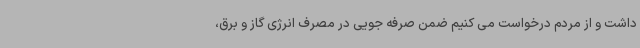
داشت و از مردم درخواست می کنیم ضمن صرفه جویی در مصرف انرژی گاز و برق،